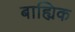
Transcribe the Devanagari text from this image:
बाह्यिक